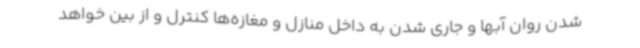
شدن روان آبها و جاری شدن به داخل منازل و مغازه‌ها کنترل و از بین خواهد